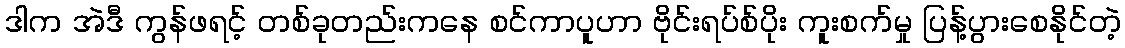
ဒါက အဲဒီ ကွန်ဖရင့် တစ်ခုတည်းကနေ စင်ကာပူဟာ ဗိုင်းရပ်စ်ပိုး ကူးစက်မှု ပြန့်ပွားစေနိုင်တဲ့